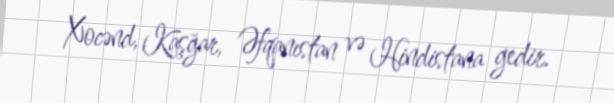
Xocənd, Kaşğar, Əfqanıstan və Hindistana gedir.